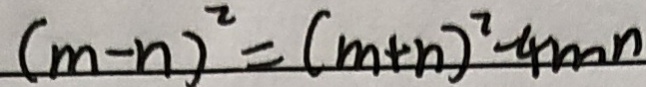
( m - n ) ^ { 2 } = ( m + n ) ^ { 2 } - 4 m n